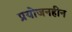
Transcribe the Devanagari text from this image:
प्रयोजनहीन